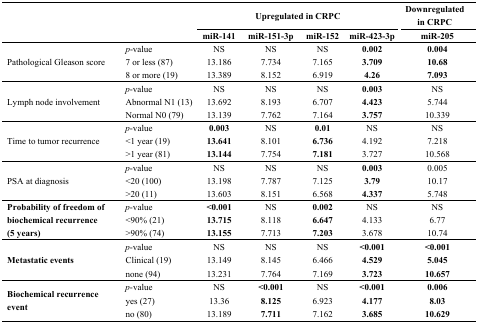
<table><thead><tr><td colspan="2" rowspan="3">[EMPTY_CELL]</td><td colspan="4"><b>Upregulated in CRPC</b></td><td><b>Downregulated in CRPC</b></td></tr><tr><td><b>miR-141</b></td><td><b>miR-151-3p</b></td><td><b>miR-152</b></td><td><b>miR-423-3p</b></td><td><b>miR-205</b></td></tr></thead><tbody><tr><td rowspan="3">Pathological Gleason score</td><td><i>p</i>-value</td><td>NS</td><td>NS</td><td>NS</td><td><b>0.002</b></td><td><b>0.004</b></td></tr><tr><td>7 or less (87)</td><td>13.186</td><td>7.734</td><td>7.165</td><td><b>3.709</b></td><td><b>10.68</b></td></tr><tr><td>8 or more (19)</td><td>13.389</td><td>8.152</td><td>6.919</td><td><b>4.26</b></td><td><b>7.093</b></td></tr><tr><td rowspan="3">Lymph node involvement</td><td><i>p</i>-value</td><td>NS</td><td>NS</td><td>NS</td><td><b>0.003</b></td><td>NS</td></tr><tr><td>Abnormal N1 (13)</td><td>13.692</td><td>8.193</td><td>6.707</td><td><b>4.423</b></td><td>5.744</td></tr><tr><td>Normal N0 (79)</td><td>13.139</td><td>7.762</td><td>7.164</td><td><b>3.757</b></td><td>10.339</td></tr><tr><td rowspan="3">Time to tumor recurrence</td><td><i>p</i>-value</td><td><b>0.003</b></td><td>NS</td><td><b>0.01</b></td><td>NS</td><td>NS</td></tr><tr><td>&lt;1 year (19)</td><td><b>13.641</b></td><td>8.101</td><td><b>6.736</b></td><td>4.192</td><td>7.218</td></tr><tr><td>&gt;1 year (81)</td><td><b>13.144</b></td><td>7.754</td><td><b>7.181</b></td><td>3.727</td><td>10.568</td></tr><tr><td rowspan="3">PSA at diagnosis</td><td><i>p</i>-value</td><td>NS</td><td>NS</td><td>NS</td><td><b>0.003</b></td><td>0.005</td></tr><tr><td>&lt;20 (100)</td><td>13.198</td><td>7.787</td><td>7.125</td><td><b>3.79</b></td><td>10.17</td></tr><tr><td>&gt;20 (11)</td><td>13.603</td><td>8.151</td><td>6.568</td><td><b>4.337</b></td><td>5.748</td></tr><tr><td rowspan="3"><b>Probability of freedom of biochemical recurrence (5 years)</b></td><td><i>p</i>-value</td><td><b>&lt;0.001</b></td><td>NS</td><td><b>0.002</b></td><td>NS</td><td>NS</td></tr><tr><td>&lt;90% (21)</td><td><b>13.715</b></td><td>8.118</td><td><b>6.647</b></td><td>4.133</td><td>6.77</td></tr><tr><td>&gt;90% (74)</td><td><b>13.155</b></td><td>7.713</td><td><b>7.203</b></td><td>3.678</td><td>10.74</td></tr><tr><td rowspan="3"><b>Metastatic events</b></td><td><i>p</i>-value</td><td>NS</td><td>NS</td><td>NS</td><td><b>&lt;0.001</b></td><td><b>&lt;0.001</b></td></tr><tr><td>Clinical (19)</td><td>13.149</td><td>8.145</td><td>6.466</td><td><b>4.529</b></td><td><b>5.045</b></td></tr><tr><td>none (94)</td><td>13.231</td><td>7.764</td><td>7.169</td><td><b>3.723</b></td><td><b>10.657</b></td></tr><tr><td rowspan="3"><b>Biochemical recurrence event</b></td><td><i>p</i>-value</td><td>NS</td><td><b>&lt;0.001</b></td><td>NS</td><td><b>&lt;0.001</b></td><td><b>0.006</b></td></tr><tr><td>yes (27)</td><td>13.36</td><td><b>8.125</b></td><td>6.923</td><td><b>4.177</b></td><td><b>8.03</b></td></tr><tr><td>no (80)</td><td>13.189</td><td><b>7.711</b></td><td>7.162</td><td><b>3.685</b></td><td><b>10.629</b></td></tr></tbody></table>